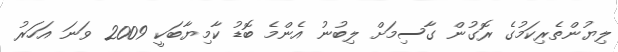
ލިޔުންތެރިކަމުގެ ރޮގުން ގާސިމަށް ލިބުނު އެންމެ ބޮޑު ކާމިޔާބަކީ 2009 ވަނަ އަހަރު